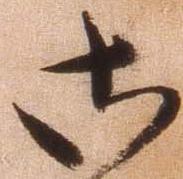
御